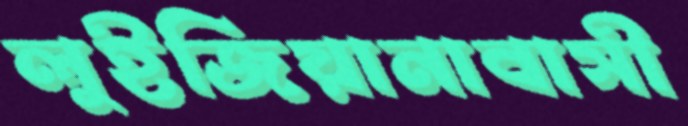
লুইজিয়ানাবাসী